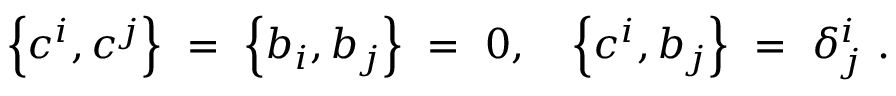
\left\{ c ^ { i } , c ^ { j } \right\} \ = \ \left\{ b _ { i } , b _ { j } \right\} \ = \ 0 , \quad \left\{ c ^ { i } , b _ { j } \right\} \ = \ \delta _ { j } ^ { i } \ .